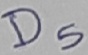
Text: D5